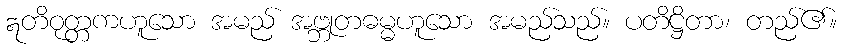
ဣတိဝုတ္တကဟူသော အမည် အဗ္ဘုတဓမ္မဟူသော အမည်သည်။ ပတိဋ္ဌိတာ၊ တည်၏။